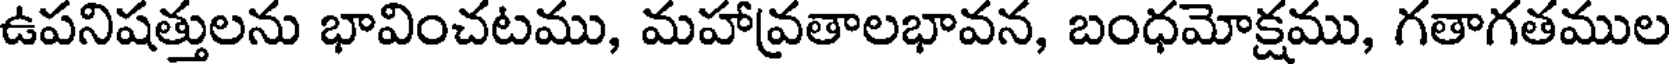
ఉపనిషత్తులను భావించటము, మహావ్రతాలభావన, బంధమోక్షము, గతాగతముల